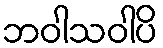
ဘဝါသဝါပိ